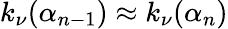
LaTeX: k_{\nu}(\alpha_{n-1})\approx k_{\nu}(\alpha_{n})